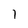
Character: 1